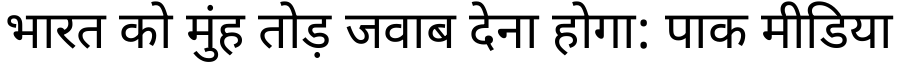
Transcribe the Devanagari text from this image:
भारत को मुंह तोड़ जवाब देना होगा: पाक मीडिया